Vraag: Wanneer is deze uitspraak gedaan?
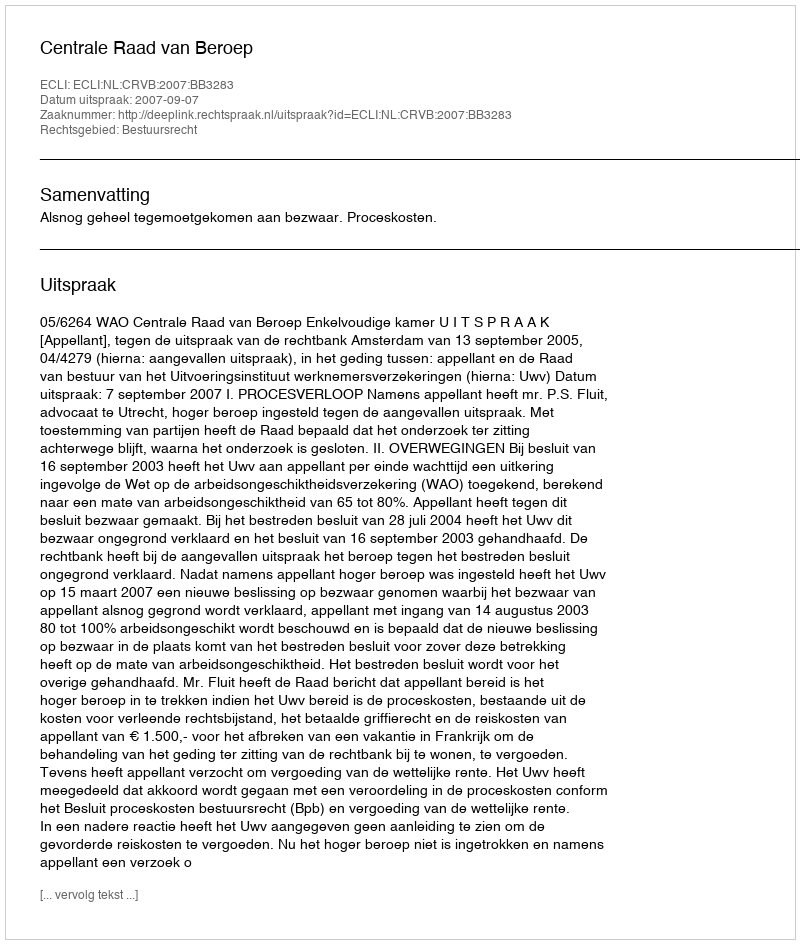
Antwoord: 2007-09-07